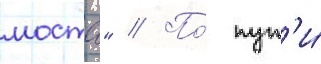
моста" // По́ пут'и́